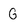
Character: G